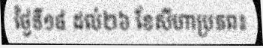
ថ្ងៃទី១៨ ដល់២៦ ខែសីហាប្រភព៖